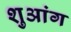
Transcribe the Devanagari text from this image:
शुआंग